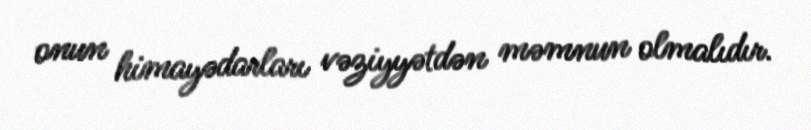
onun himayədarları vəziyyətdən məmnun olmalıdır.